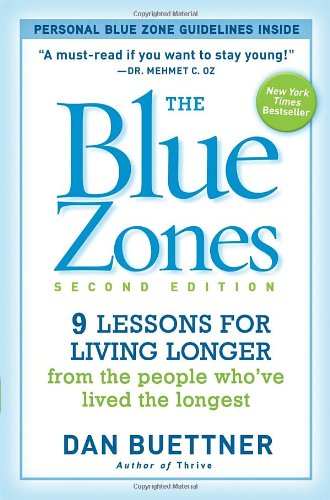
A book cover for The Blue Zones, Second Edition: 9 Lessons for Living Longer From the People Who've Lived the Longest; Dan Buettner; Self-Help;